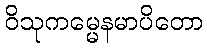
ဝိသုကမ္မေနမာပိတော